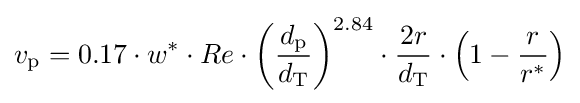
v_{\text{p}}=0.17\cdot w^{*}\cdot Re\cdot {\left({\frac {d_{\text{p}}}{d_{\text{T}}}}\right)}^{2.84}\cdot {\frac {2r}{d_{\text{T}}}}\cdot \left(1-{\frac {r}{r^{*}}}\right)